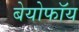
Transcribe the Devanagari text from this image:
बेयोफॉय